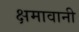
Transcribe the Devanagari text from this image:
क्षमावानी